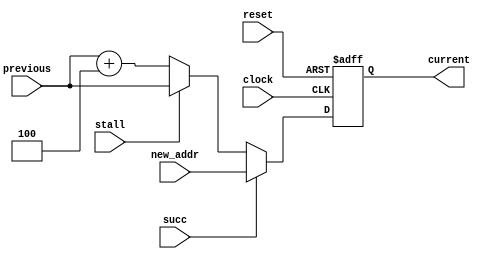
module program_counter ( 
	input wire [31:0] previous,
	input wire clock,
	input wire reset,
	input wire stall,
	input wire succ,
	input wire [31:0] new_addr,

	output reg [31:0] current
);

	initial begin
		current = 32'h00400000 - 32'h4;
	end

	always @ (posedge clock or posedge reset) begin
		if (reset == 1'b1) begin
			current = 32'h00400000 - 32'h4;
		end else begin
			if (succ == 1) begin
 /* -1 because pc will branch one clock cycle after the instruction is issued */
				current = new_addr;
			end else if (stall == 1) begin
				// the stall will not be received in time
				current = previous;
			end else begin
				current = previous + 4;
			end
		end
	end


endmodule